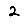
Digit: 2